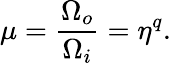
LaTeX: \mu=\frac{\Omega_{o}}{\Omega_{i}}=\eta^{q}.